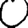
Digit: 0